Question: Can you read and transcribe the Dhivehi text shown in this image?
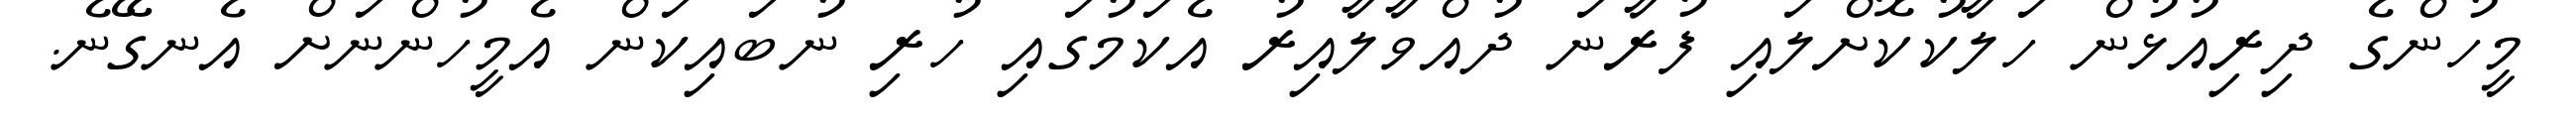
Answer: މީހުންގެ ދިރިއުޅުން ހަލާކުކޮށްލައި ފުރާނަ ދުއްވާލާއިރު އެކަމުގައި ހުރި ނުބައިކަން އެމީހުންނަށް އެނގޭނެ.